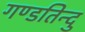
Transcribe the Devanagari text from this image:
गण्डतिन्दु